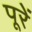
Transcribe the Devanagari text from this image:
पूरें